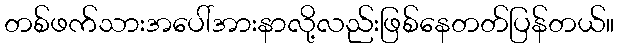
တစ်ဖက်သားအပေါ်အားနာလို့လည်းဖြစ်နေတတ်ပြန်တယ်။